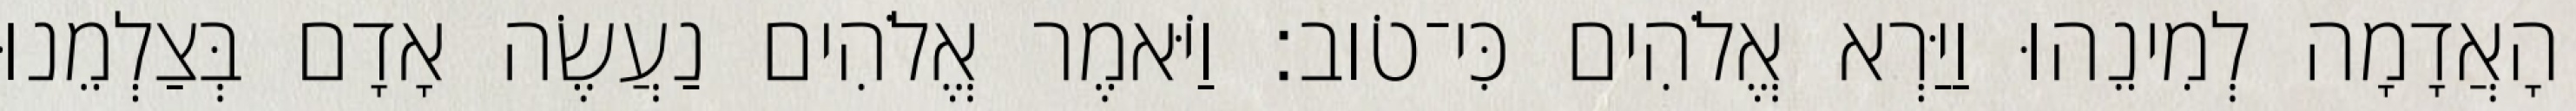
הָאֲדָמָה לְמִינֵהוּ וַיַּרְא אֱלֹהִים כִּי־טֹוב׃ וַיֹּאמֶר אֱלֹהִים נַעֲשֶׂה אָדָם בְּצַלְמֵנוּ